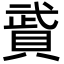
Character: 䝾